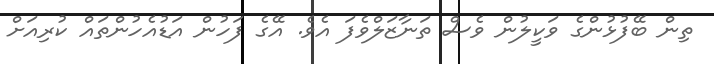
ތިން ބޭފުޅުންގެ ވަކީލުން ވެސް ތަނާޒަލްވެފަ އެވެ. އޭގެ ފަހުން އަޑުއެހުންތައް ކުރިއަށް